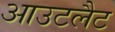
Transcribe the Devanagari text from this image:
आउटलैट